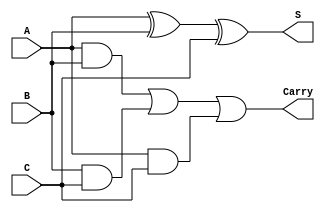
module carry_save_adder (
    input [31:0] A,
    input [31:0] B,
    input [31:0] C,
    output [31:0] S,
    output [31:0] Carry
);
    assign S = A ^ B ^ C; // Sum calculation
    assign Carry = (A & B) | (B & C) | (A & C); // Carry calculation
endmodule